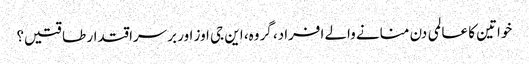
خواتین کا عالمی دن منانے والے افراد، گروہ، این جی اوز اور برسراقتدار طاقتیں؟